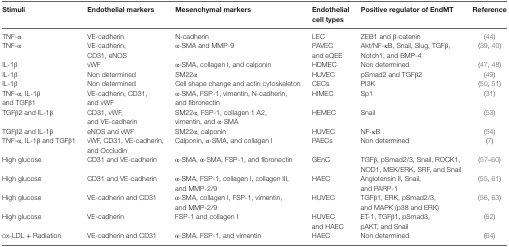
<table><thead><tr><td><b>Stimuli</b></td><td><b>Endothelial markers</b></td><td><b>Mesenchymal markers</b></td><td><b>Endothelial cell types</b></td><td><b>Positive regulator of EndMT</b></td><td><b>Reference</b></td></tr></thead><tbody><tr><td>TNF-α</td><td>VE-cadherin</td><td>N-cadherin</td><td>LEC</td><td>ZEB1 and β-catenin</td><td>(44)</td></tr><tr><td>TNF-α</td><td>VE-cadherin, CD31, eNOS</td><td>α-SMA and MMP-9</td><td>PAVEC and eQEE</td><td>Akt/NF-κB, Snail, Slug, TGFβ, Notch1, and BMP-4</td><td>(39, 40)</td></tr><tr><td>IL-1β</td><td>vWF</td><td>α-SMA, collagen I, and calponin</td><td>HDMEC</td><td>Non determined</td><td>(47, 48)</td></tr><tr><td>IL-1β</td><td>Non determined</td><td>SM22α</td><td>HUVEC</td><td>pSmad2 and TGFβ2</td><td>(49)</td></tr><tr><td>IL-1β</td><td>Non determined</td><td>Cell shape change and actin cytoskeleton</td><td>CECs</td><td>PI3K</td><td>(50, 51)</td></tr><tr><td>TNF-α, IL-1β and TGFβ1</td><td>VE-cadherin, CD31, and vWF</td><td>α-SMA, FSP-1, vimentin, N-cadherin, and fibronectin</td><td>HIMEC</td><td>Sp1</td><td>(31)</td></tr><tr><td>TGFβ2 and IL-1β</td><td>CD31, vWF, and VE-cadherin</td><td>SM22α, FSP-1, collagen 1 A2, vimentin, and α-SMA</td><td>HEMEC</td><td>Snail</td><td>(53)</td></tr><tr><td>TGFβ2 and IL-1β</td><td>eNOS and vWF</td><td>SM22α, calponin</td><td>HUVEC</td><td>NF-κB</td><td>(54)</td></tr><tr><td>TNF-α, IL-1β and TGFβ1</td><td>vWF, CD31, VE-cadherin, and Occludin</td><td>Calponin, α-SMA, and collagen I</td><td>PAECs</td><td>Non determined</td><td>(7)</td></tr><tr><td>High glucose</td><td>CD31 and VE-cadherin</td><td>α-SMA, α-SMA, FSP-1, and fibronectin</td><td>GEnC</td><td>TGFβ, pSmad2/3, Snail, ROCK1, NOD1, MEK/ERK, SRF, and Snail</td><td>(57–60)</td></tr><tr><td>High glucose</td><td>CD31 and VE-cadherin</td><td>α-SMA, FSP-1, collagen I, collagen III, and MMP-2/9</td><td>HAEC</td><td>Angiotensin II, Snail, and PARP-1</td><td>(55, 61)</td></tr><tr><td>High glucose</td><td>VE-cadherin and CD31</td><td>α-SMA, collagen I, FSP-1, vimentin, and MMP-2/9</td><td>HUVEC</td><td>TGFβ1, ERK, pSmad2/3, and MAPK (p38 and ERK)</td><td>(56, 63)</td></tr><tr><td>High glucose</td><td>VE-cadherin</td><td>FSP-1 and collagen I</td><td>HUVEC and HAEC</td><td>ET-1, TGFβ1, pSmad3, pAKT, and Snail</td><td>(62)</td></tr><tr><td>ox-LDL + Radiation</td><td>VE-cadherin and CD31</td><td>α-SMA, FSP-1, and vimentin</td><td>HAEC</td><td>Non determined</td><td>(64)</td></tr></tbody></table>